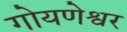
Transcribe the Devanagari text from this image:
गोयणेश्वर